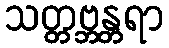
သတ္တဗ္ဘန္တရာ